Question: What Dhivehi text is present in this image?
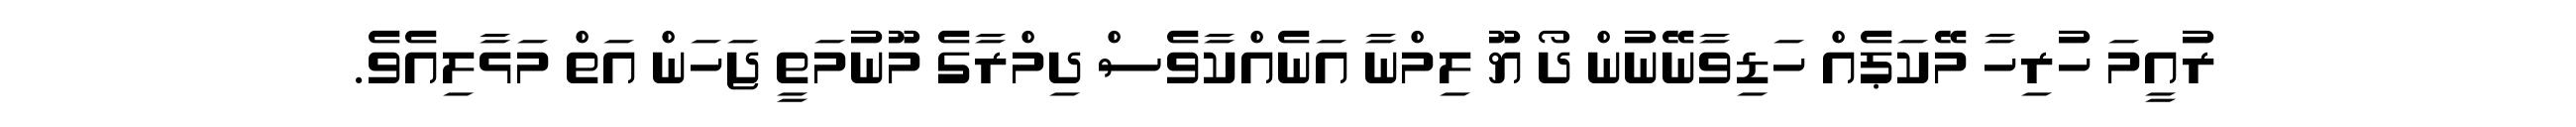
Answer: ރުއީމަ ހުރިހާ މޭކަޕެއް ހަޑިވާނޭނުން ދޯ ޔޫ ލިމްނާ އަނެއްކާވެސް ދިމްރާގެ މޫނުމަތީ ޖަހަން އަތް މަޅާލިއެވެ.